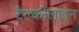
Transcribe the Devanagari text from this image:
टेल्कोलाइन